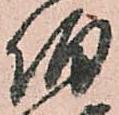
伯